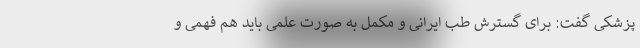
پزشکی گفت: برای گسترش طب ایرانی و مکمل به صورت علمی باید هم فهمی و